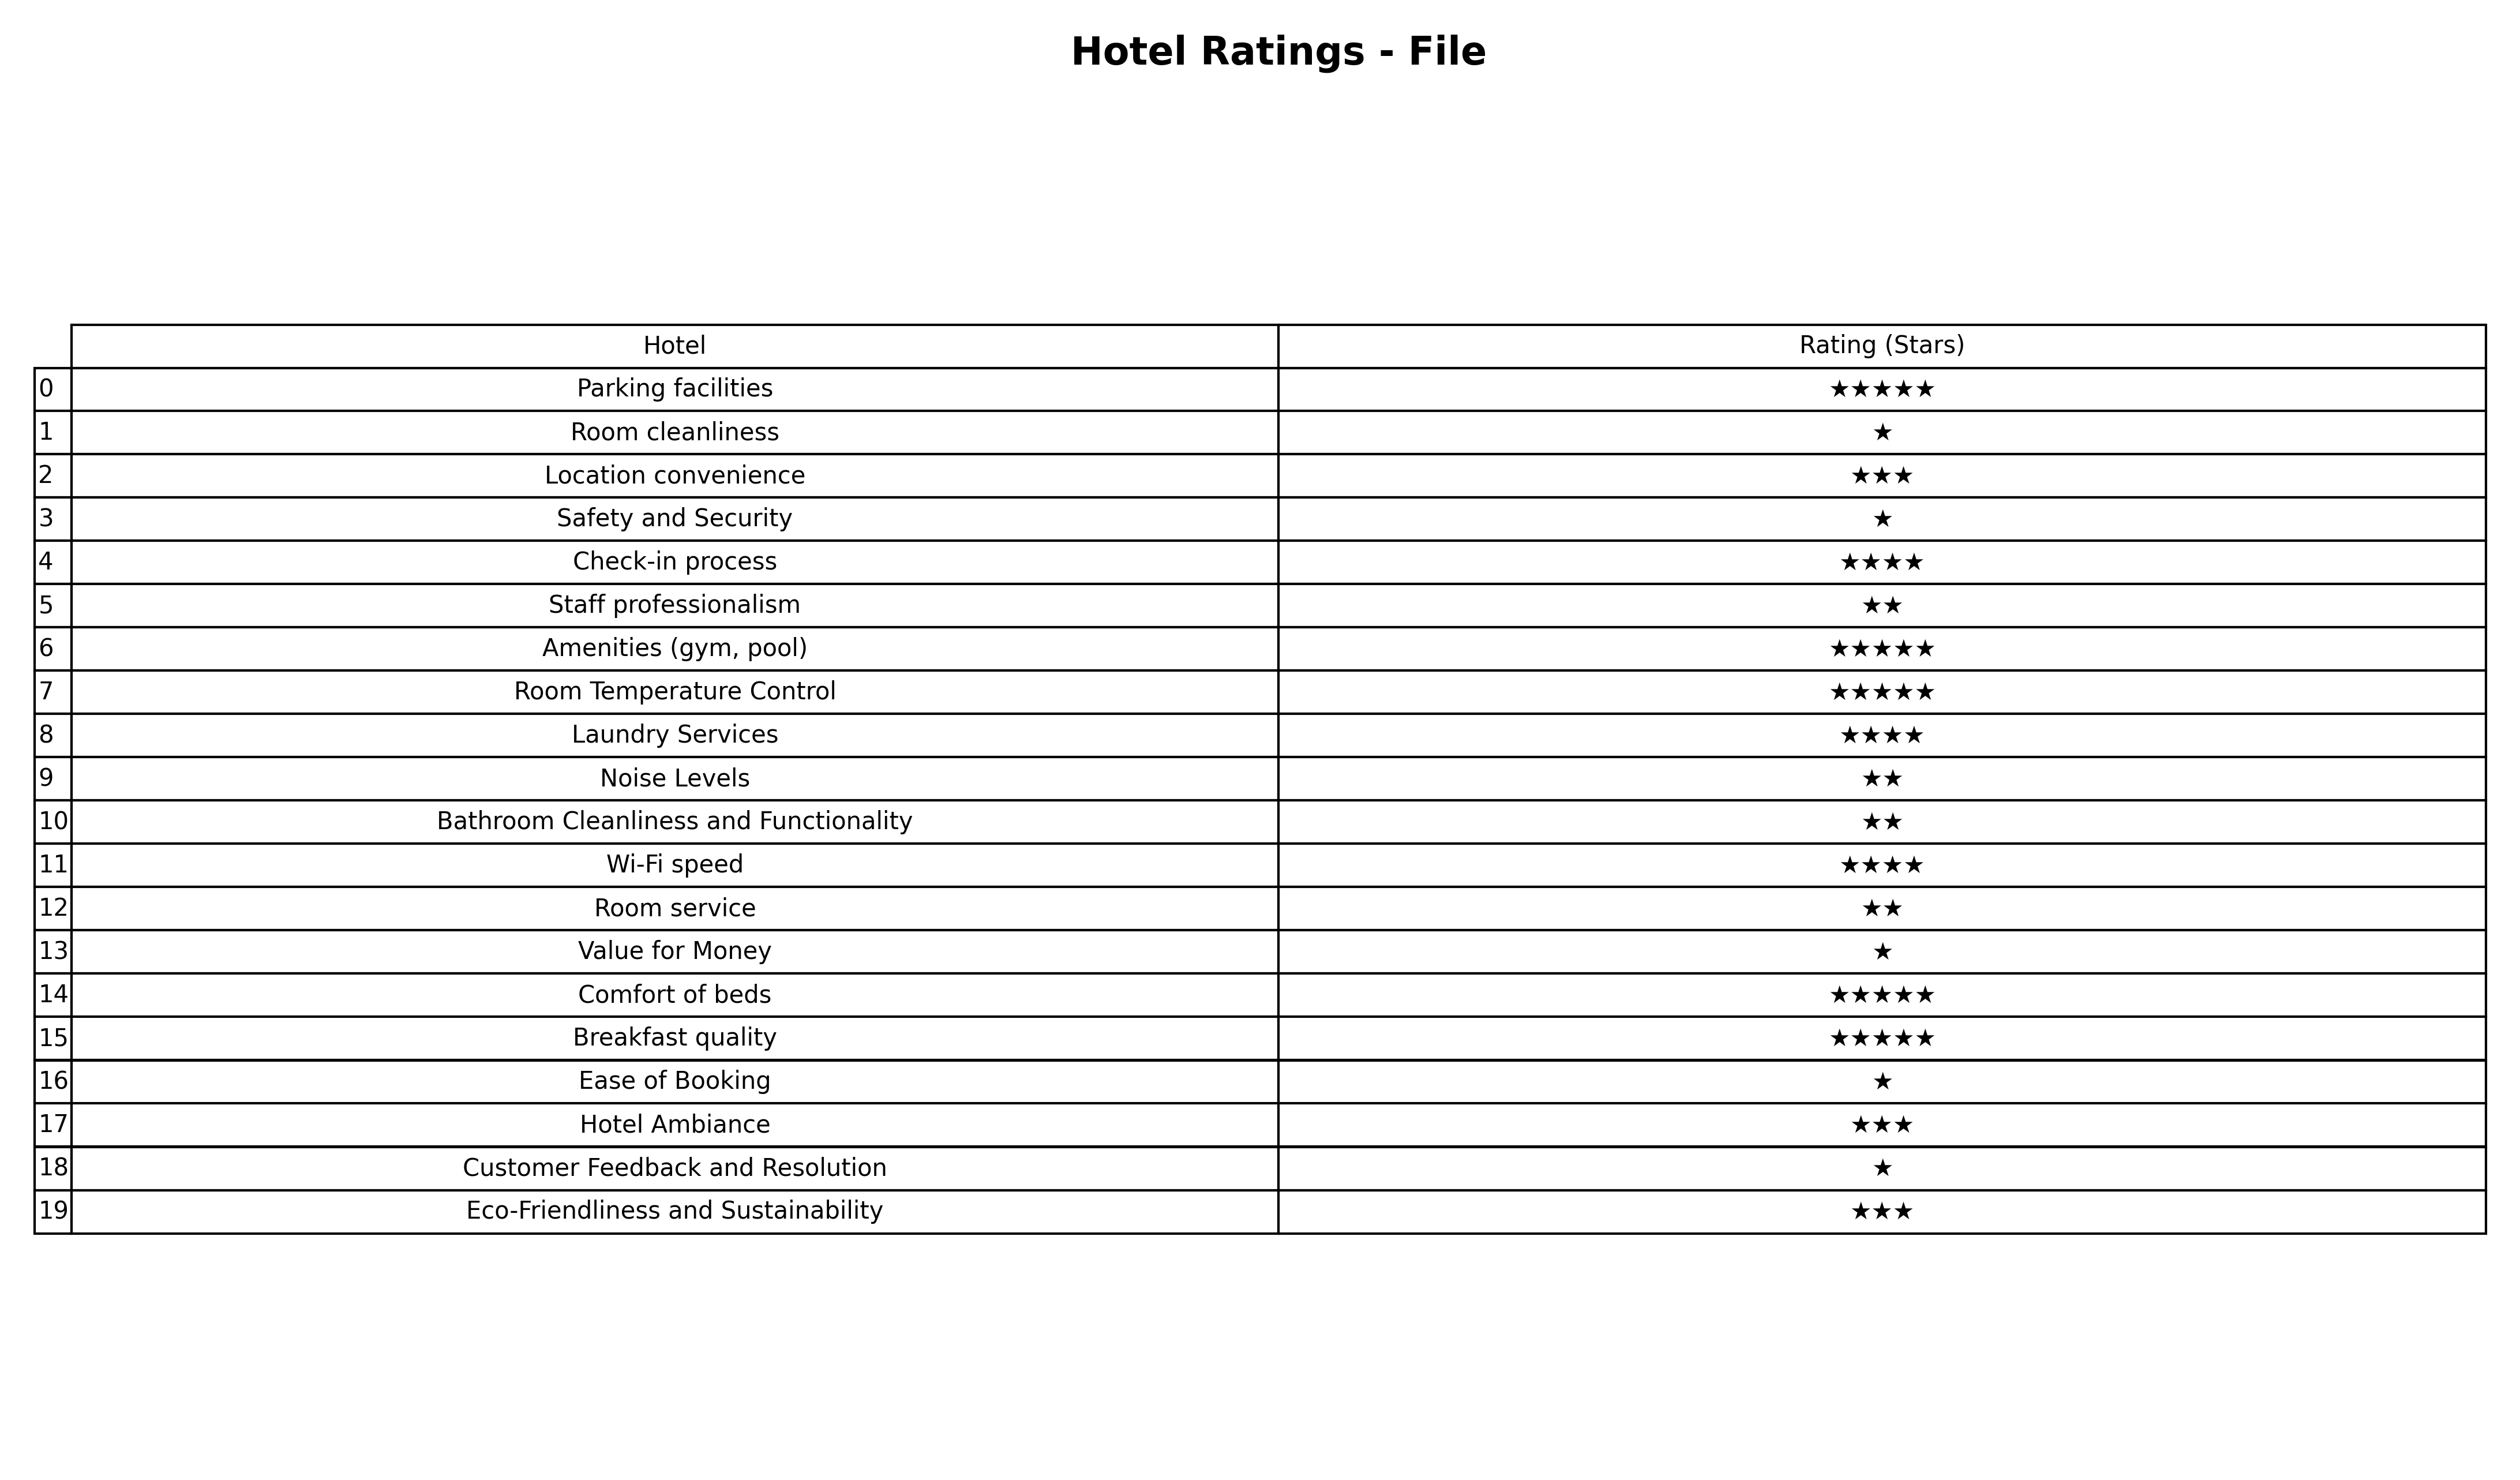
question: What is the rating of Laundry Services?
answer: ★★★★